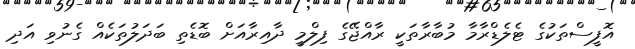
އޮފީސްތަކުގެ ޓެލެޑްރާމާ މުބާރާތަކީ ރާއްޖޭގެ ފިލްމީ ދާއިރާއަށް ބޮޑެތި ބަދަލުތަކެއް ގެނުވި އަދި